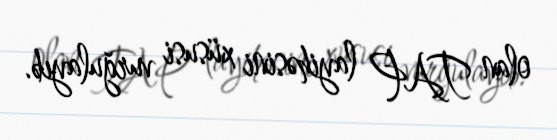
olan TAP layihəsini xüsusi vurğulayıb.